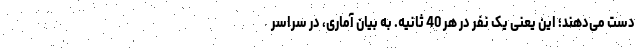
دست می‌دهند؛ این یعنی یک نفر در هر 40 ثانیه. به بیان آماری، در سراسر